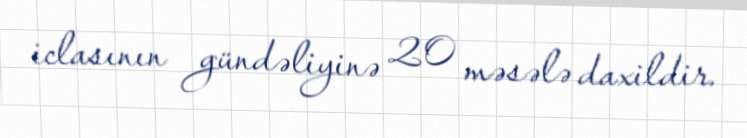
iclasının gündəliyinə 20 məsələ daxildir.